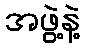
အဖွဲ့နဲ့